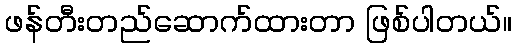
ဖန်တီးတည်ဆောက်ထားတာ ဖြစ်ပါတယ်။